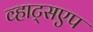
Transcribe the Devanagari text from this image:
व्हाट्सएप